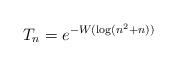
LaTeX: \begin{align*} T_n = e^{-W(\log(n^2+n))}\end{align*}